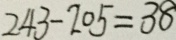
2 4 3 - 2 0 5 = 3 8